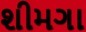
શીમગા